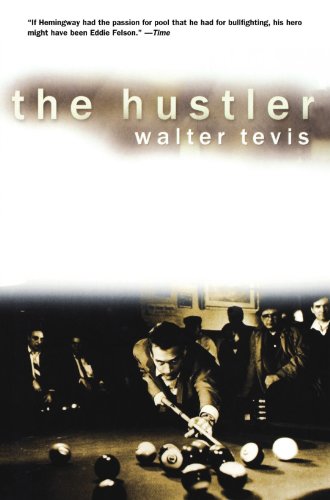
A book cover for The Hustler; Walter Tevis; Sports & Outdoors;